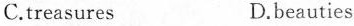
C.treasures D.beauties